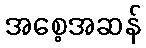
အစေ့အဆန်